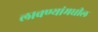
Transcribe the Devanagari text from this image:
लावण्यांमधील